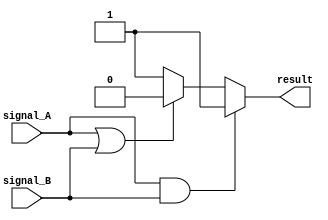
module conditional_behavior (
    input wire signal_A,
    input wire signal_B,
    output reg result
);

initial begin
    if (signal_A && signal_B) begin
        result = 1;
    end
    else if (signal_A || signal_B) begin
        result = 0;
    end
    else begin
        result = 1;
    end
end

endmodule